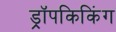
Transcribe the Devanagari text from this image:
ड्रॉपकिकिंग